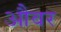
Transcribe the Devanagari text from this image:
औवर